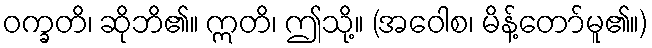
ဝက္ခတိ၊ ဆိုဘိ၏။ ဣတိ၊ ဤသို့။ (အဝေါစ၊ မိန့်တော်မူ၏။)